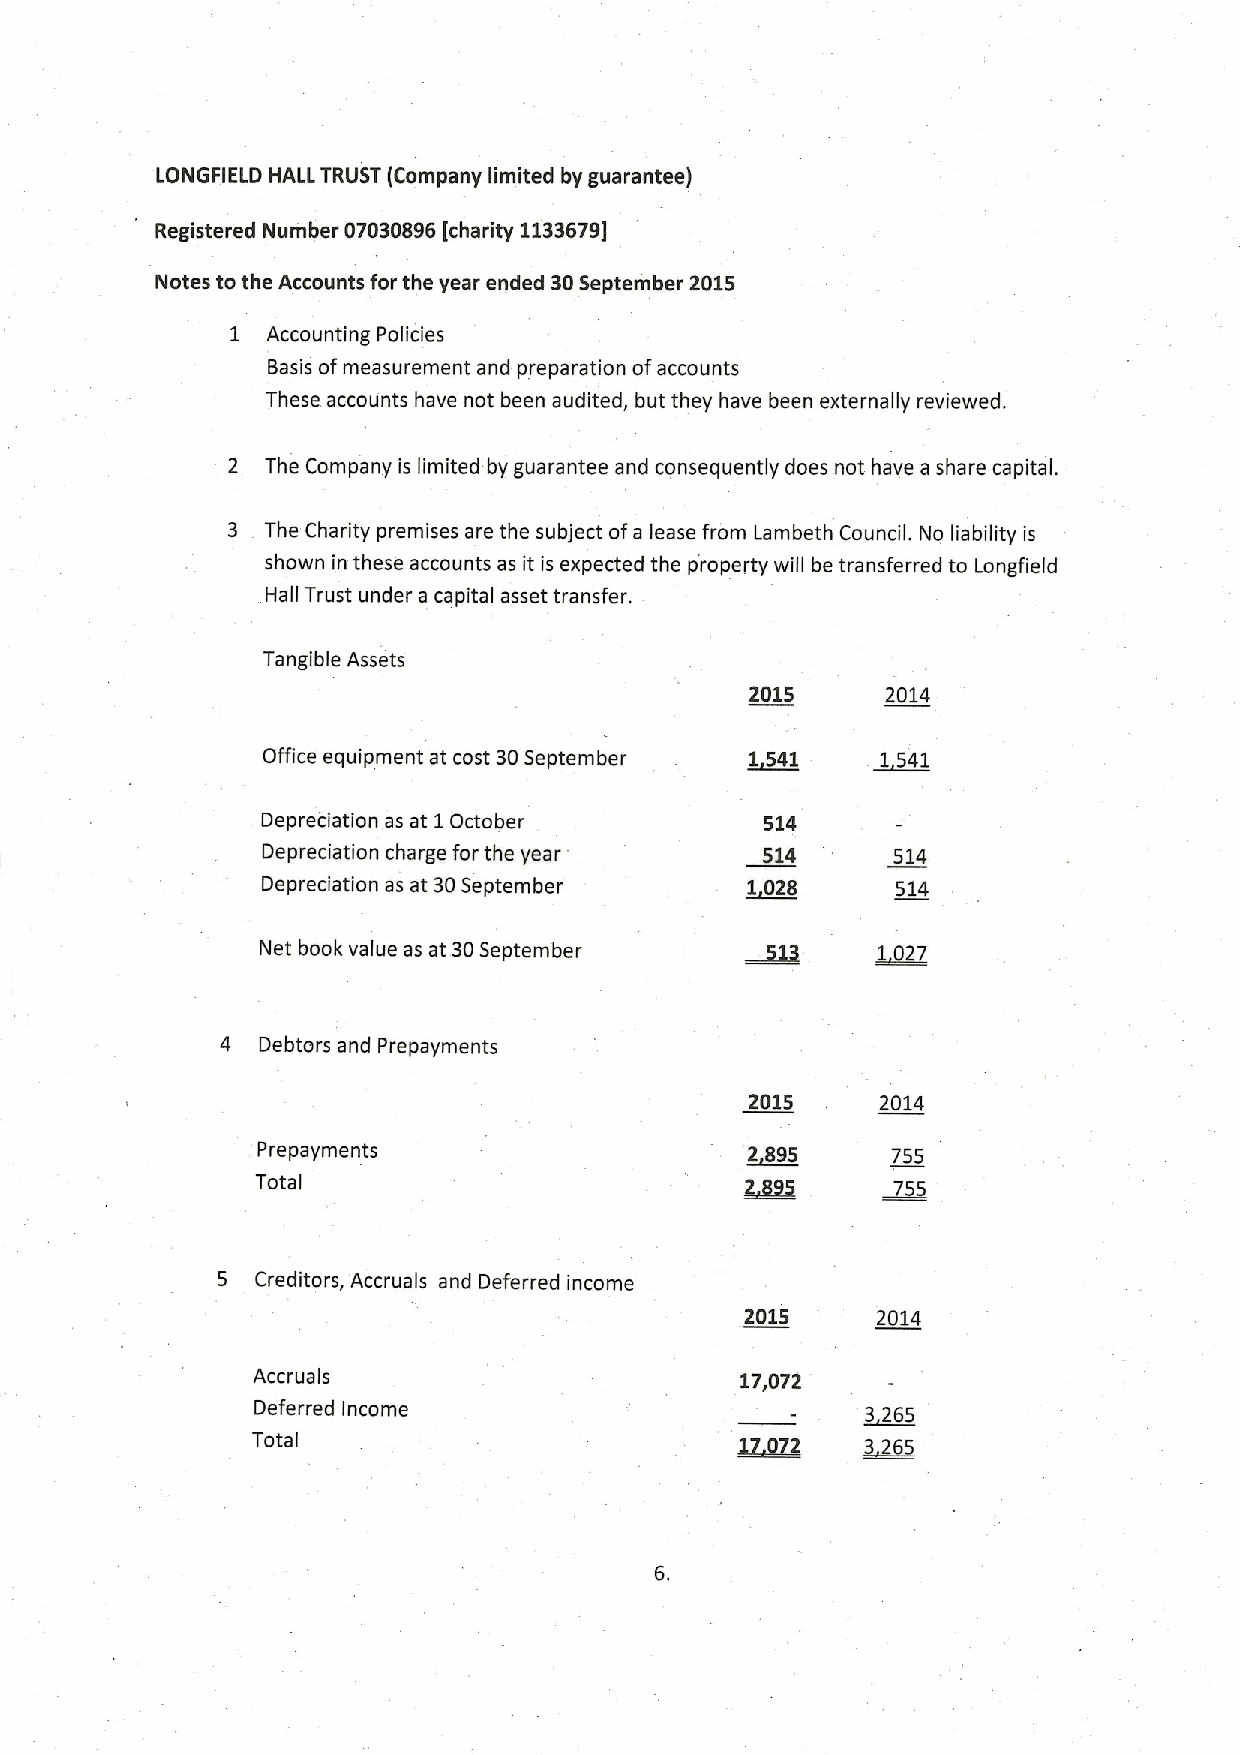
LONGFIELD HALL TRUST (Company limited by guarantee)
 Registered Number 07030896[charity 1133679}
 Notes to the Accounts for the year ended 30September 2015
 1  Accounting Policies
 Basis ofmeasurement and preparation ofaccounts
 These accounts have not been audited, but they have been externally reviewed.
 2  The Company is limited by guarantee and consequently does not have a share capital.
 3  The Charity premises are the subject ofa lease from Lambeth Council. No liability is
 shown in these accounts as it is expected the p'roperty will be transferred to Longfield
 Hall Trust under a capital asset transfer.
 Tangible Assets
 2015     2014
 Office equipment at cost 30September ~1541 1541
 Depreciation as at 1October       514
 Depreciation charge for the year 514      514
 Depreciation as at 30September  ~1028     514
 Net book value as at 30September
 4 Debtors and Prepayments
 2015    2014
 Prepayments                     ~2895     755
 Total                           ~289     ~55
 5  Creditors, Accruals and Deferred income
 2015     2014
 Accruals                        17,072
 Deferred Income                         3 265
 Total                           ~17 2   3225